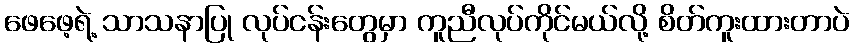
ဖေဖေ့ရဲ့ သာသနာပြု လုပ်ငန်းတွေမှာ ကူညီလုပ်ကိုင်မယ်လို့ စိတ်ကူးထားတာပဲ